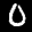
Label: 0